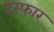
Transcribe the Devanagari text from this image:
उस्फार